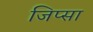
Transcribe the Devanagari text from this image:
जिप्सा